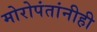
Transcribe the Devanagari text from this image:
मोरोपंतांनीही